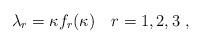
LaTeX: \begin{align*}\lambda_r=\kappa f_r(\kappa) \quad r=1,2,3\,\,,\end{align*}